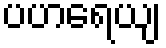
ပဟရေယျ